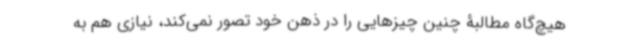
هیچ‌گاه مطالبۀ چنین چیزهایی را در ذهن خود تصور نمی‌کند، نیازی هم به